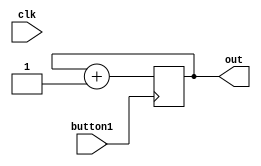
`timescale 1ns / 1ps

module button(clk,button1,out);
    input clk,button1;
    output reg out;
    initial out = 0;
    always @(posedge button1)
    begin
    if(button1==1)
    out <= out +1;
    end 
endmodule